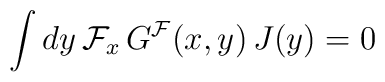
\int dy \, {\cal F}_x \, G^{\cal F}(x,y) \, J(y) = 0